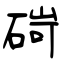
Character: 碋